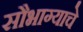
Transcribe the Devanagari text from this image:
सौभाग्याचे